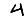
Digit: 4